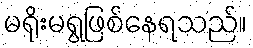
မရိုးမရွဖြစ်နေရသည်။